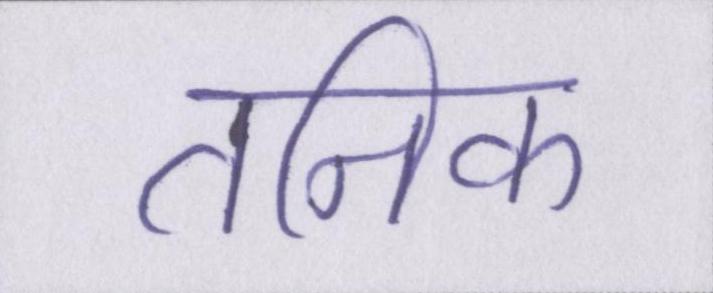
तनिक